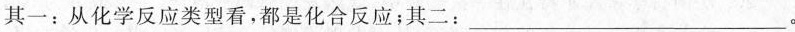
其一：从化学反应类型看，都是化合反应；其二：___。